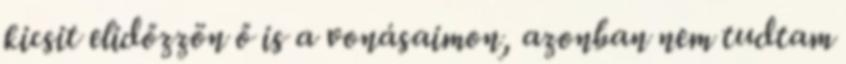
kicsit elidőzzön ő is a vonásaimon, azonban nem tudtam